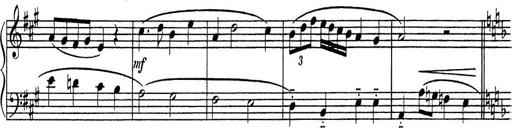
Title: ÄŒeskÃ© Sonatiny
Composer: Various